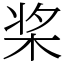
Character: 桨